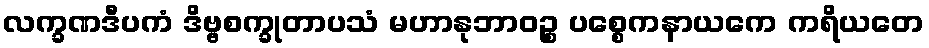
လက္ခဏဒီပကံ ဒိဗ္ဗစက္ခုတာပသံ မဟာနုဘာဝဉ္စ ပစ္စေကနာယကေ ကရိယတေ